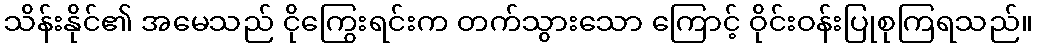
သိန်းနိုင်၏ အမေသည် ငိုကြွေးရင်းက တက်သွားသော ကြောင့် ဝိုင်းဝန်းပြုစုကြရသည်။